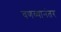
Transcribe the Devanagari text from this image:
वणव्यानंतर